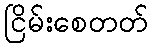
ငြိမ်းစေတတ်